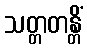
သတ္တတန္တိံ